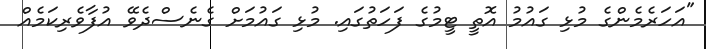
"އަހަރެމެންގެ މުޅި ގައުމު އޮތީ ޓީމުގެ ފަހަތުގައި. މުޅި ގައުމަށް ގެނެސްދެވޭ އުފާވެރިކަމެއް